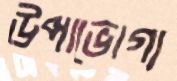
উপাভোগ্য